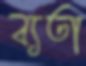
ব্যতা